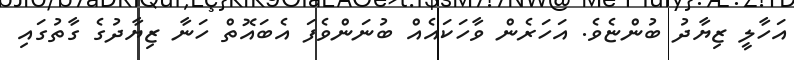
އަހާލީ ޒިޔާދު ބުންޏެވެ. އަހަރެން ވާހަކައެއް ބުނަންވެފަ އެބައޮތް ހަނާ ޒިޔާދުގެ ގާތުގައި